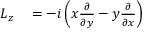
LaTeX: \begin{array} { r l } { L _ { z } } & { { } = - i \left( x { \frac { \partial } { \partial y } } - y { \frac { \partial } { \partial x } } \right) } \end{array}